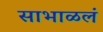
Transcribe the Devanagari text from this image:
साभाळलं